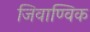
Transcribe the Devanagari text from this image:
जिवाण्विक